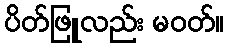
ပိတ်ဖြူလည်း မဝတ်။